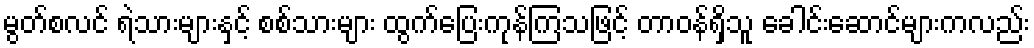
မွတ်စလင် ရဲသားများနှင့် စစ်သားများ ထွက်ပြေးကုန်ကြသဖြင့် တာဝန်ရှိသူ ခေါင်းဆောင်များကလည်း